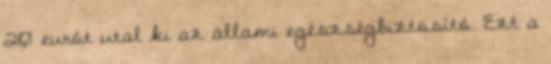
210 eurót utal ki az állami egészségbiztosító. Ezt a